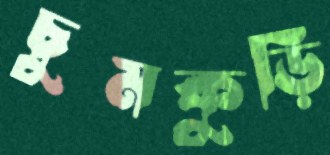
চুমকুড়ি